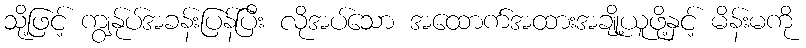
သို့ဖြင့် ကျွန်ုပ်အခန်းပြန်ပြီး လိုအပ်သော အထောက်အထားအချို့ယူဖို့နှင့် မိန်းမကို